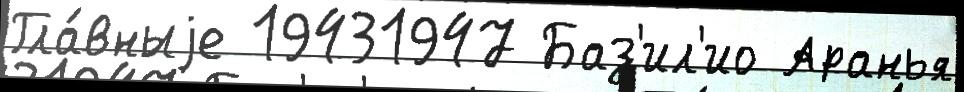
Гла́вныjе 19431947 Баз'ил'ио Аранья